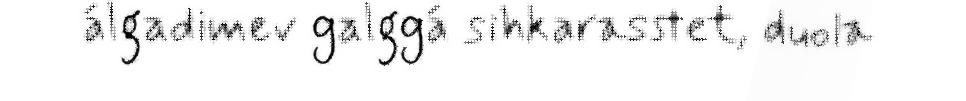
álgadimev galggá sihkarasstet, duola